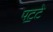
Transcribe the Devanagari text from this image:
पट॒टे